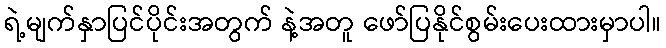
ရဲ့မျက်နှာပြင်ပိုင်းအတွက် နဲ့အတူ ဖော်ပြနိုင်စွမ်းပေးထားမှာပါ။